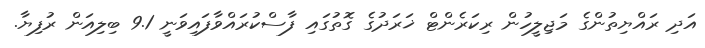
އަދި ރައްޔިތުންގެ މަޖިލީހުން ރިކަރެންޓް ޚަރަދުގެ ގޮތުގައި ފާސްކުރައްވާފައިވަނީ 9.1 ބިލިއަން ރުފިޔާ.